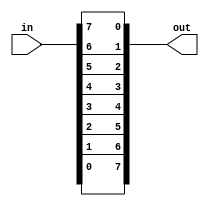
module vectorr( 
    input [7:0] in,
    output [7:0] out
);
integer i;
always @(*) begin	
     for (i=0; i<8; i++)	//Use integer for pure Verilog.
	     out[i] = in[8-i-1];
end
endmodule